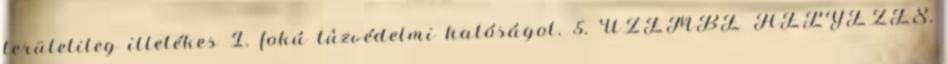
területileg illetékes I. fokú tûzvédelmi hatóságot. 5. ÜZEMBE HELYEZÉS,